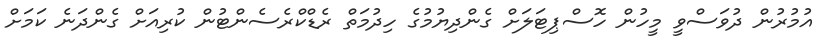
އުމުރުން ދުވަސްވީ މީހުން ހޮސްޕިޓަލަށް ގެންދިޔުމުގެ ހިދުމަތް ރެޑްކްރެސެންޓުން ކުރިއަށް ގެންދަނެ ކަމަށް